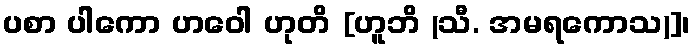
ပစာ ပါကော ဟဝေါ ဟုတိ [ဟူဘိ (သီ. အမရကောသ)]၊